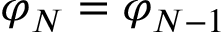
\varphi _ { N } = \varphi _ { N - 1 }